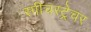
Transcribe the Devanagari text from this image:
स्पीचस्ट्रेचर